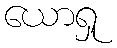
ယောရှု